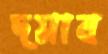
দমাব